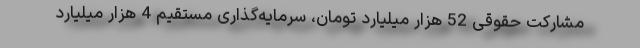
مشارکت حقوقی 52 هزار میلیارد تومان، سرمایه‌گذاری مستقیم 4 هزار میلیارد